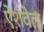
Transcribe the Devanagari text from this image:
ऐशवेल